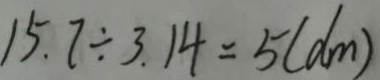
1 5 . 7 \div 3 . 1 4 = 5 ( d m )